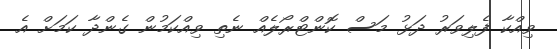
ވިއްކާ ފެލިވަރު ދަޅު މަސް ކޮންޓްރޯލެއް ނެތި ވިއްކަމުން ގެންދާ ކަމަށް އެ